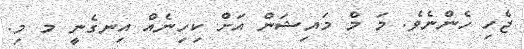
ޖެހި ހެންނެވެ. މަ މް މައިޝަން އަށް ކިހިނެއް އިނގެނީ މ މި.